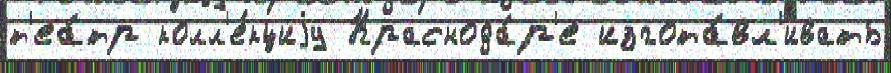
т'еа́тр колл'е́кциjу Краснода́р'е изгота́вл'ивать